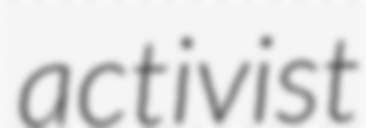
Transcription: activist